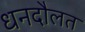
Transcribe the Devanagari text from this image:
धनदौलत